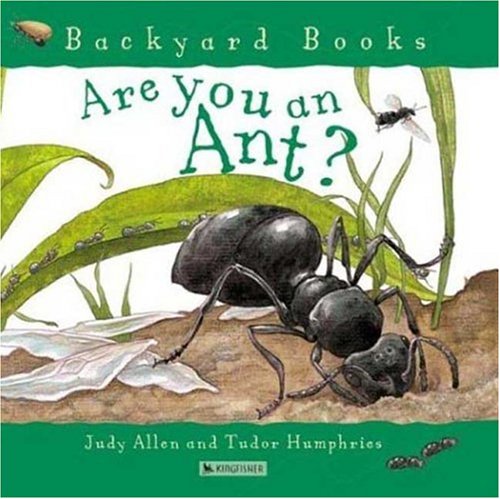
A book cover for Are You an Ant? (Backyard Books); Judy Allen; Children's Books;